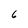
Character: 6